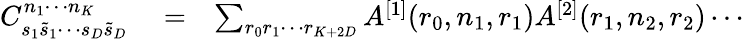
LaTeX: \begin{array}{rlr}{C_{s_{1}\tilde{s}_{1}\cdots s_{D}\tilde{s}_{D}}^{n_{1}\cdots n_{K}}}&{{}=}&{\sum_{r_{0}r_{1}\cdots r_{K+2D}}A^{[1]}(r_{0},n_{1},r_{1})A^{[2]}(r_{1},n_{2},r_{2})\cdots}\end{array}